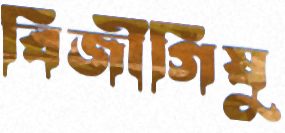
বিজীগিষু